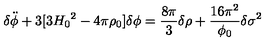
{ \delta } \ddot { \phi } + 3 [ 3 { H _ { 0 } } ^ { 2 } - 4 { \pi } { \rho } _ { 0 } ] { \delta } { \phi } = \frac { 8 { \pi } } { 3 } { \delta } { \rho } + \frac { 1 6 { \pi } ^ { 2 } } { { \phi } _ { 0 } } { \delta } { { \sigma } ^ { 2 } }